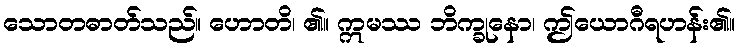
သောတဓာတ်သည်။ ဟောတိ၊ ၏။ ဣမဿ ဘိက္ခုနော၊ ဤယောဂီရဟန်း၏။